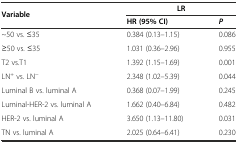
<table><thead><tr><td><b>Variable</b></td><td colspan="2"><b>LR</b></td></tr><tr><td>[EMPTY_CELL]</td><td><b>HR (95% CI)</b></td><td><b><i>P</i></b></td></tr></thead><tbody><tr><td>~50 vs. ≤35</td><td>0.384 (0.13–1.15)</td><td>0.086</td></tr><tr><td>≥50 vs. ≤35</td><td>1.031 (0.36–2.96)</td><td>0.955</td></tr><tr><td>T2 vs.T1</td><td>1.392 (1.15–1.69)</td><td>0.001</td></tr><tr><td>LN<sup>+</sup> vs. LN<sup>−</sup></td><td>2.348 (1.02–5.39)</td><td>0.044</td></tr><tr><td>Luminal B vs. luminal A</td><td>0.368 (0.07–1.99)</td><td>0.245</td></tr><tr><td>Luminal-HER-2 vs. luminal A</td><td>1.662 (0.40–6.84)</td><td>0.482</td></tr><tr><td>HER-2 vs. luminal A</td><td>3.650 (1.13–11.80)</td><td>0.031</td></tr><tr><td>TN vs. luminal A</td><td>2.025 (0.64–6.41)</td><td>0.230</td></tr></tbody></table>